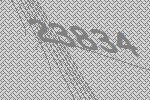
23834